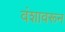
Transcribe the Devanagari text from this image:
वंशावरून